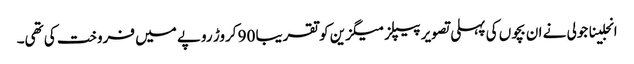
انجلینا جولی نے ان بچوں کی پہلی تصویر پیپلز میگزین کو تقریبا 90 کروڑ روپے میں فروخت کی تھی۔